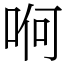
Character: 哬